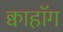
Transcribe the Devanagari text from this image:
क्वाहॉग